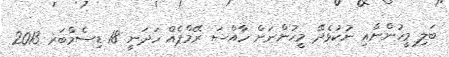
ބަލި މީހުންނާއި ނުކުޅެދޭ މީހުންނަށް ހާއްސަ ރޭމްޕެއް ހަދަނީ 18 ޑިސެމްބަރ 2013